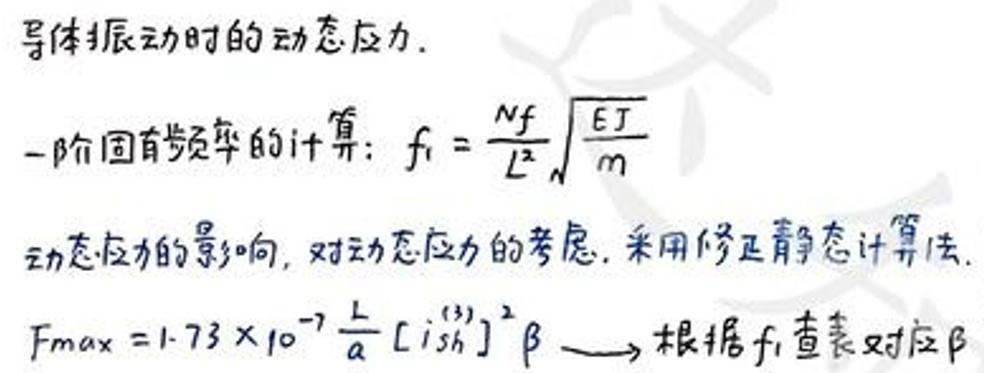
&导体振动时的动态应力.\\
&一阶固有频率的计算\(:  \(f_{1}\)=\frac{n f}{L^{2}}\sqrt{\frac{E J}{m}}\)\\
&动态应力的影响, 对动态应力的考虑, 采用修正静态计算法.\\
&F_{max}=1.73\times 10^{-7}\frac{L}{a}\left[ish^{3}\right]^{2}\(\beta\) \to 根据\(f_{1}\)查表对应\(\beta\)